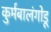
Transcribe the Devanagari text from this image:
कुर्मबालंगोडू